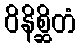
ဝိနိစ္ဆိတံ